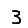
Digit: 3